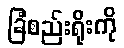
ခြံစည်းရိုးကို